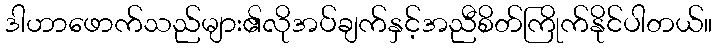
ဒါဟာဖောက်သည်များ၏လိုအပ်ချက်နှင့်အညီစိတ်ကြိုက်နိုင်ပါတယ်။